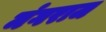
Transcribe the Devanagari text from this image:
मंगराज